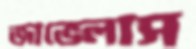
জাভেলাস